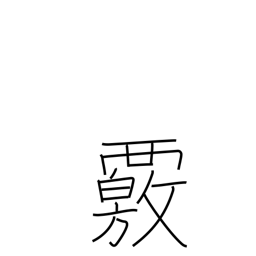
Meaning: investigate